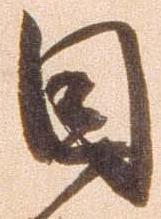
目